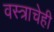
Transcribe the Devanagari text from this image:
वस्त्राचेही